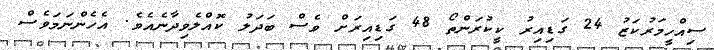
ސިއްހީމަރުކަޒު 24 ގަޑިއިރު ކީކުރަންތޯ 48 ގަޑިއިރަށް ވެސް ބަދަލު ކޮއްލެވިދާނެއެވެ. އެހެންނަމަވެސް